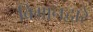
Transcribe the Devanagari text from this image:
बिमानद्वारे